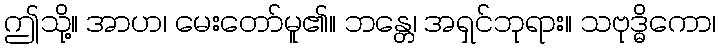
ဤသို့။ အာဟ၊ မေးတော်မူ၏။ ဘန္တေ၊ အရှင်ဘုရား။ သဗုဒ္ဓိကော၊